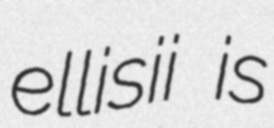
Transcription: ellisii is